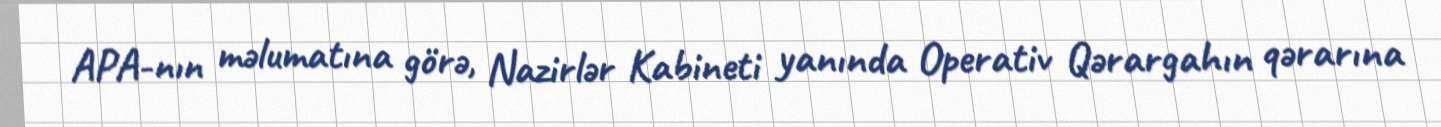
APA-nın məlumatına görə, Nazirlər Kabineti yanında Operativ Qərargahın qərarına